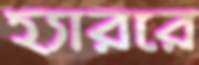
হ্যাররে